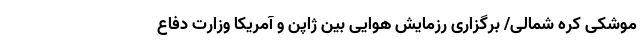
موشکی کره شمالی/ برگزاری رزمایش هوایی بین ژاپن و آمریکا وزارت دفاع